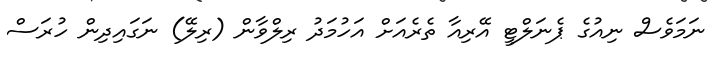
ނަމަވެސް ނިއުގެ ޕެނަލްޓީ އޭރިއާ ތެރެއަށް އަހުމަދު ރިލްވާން (ރިލޭ) ނަގައިދިން ހުރަސް